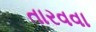
તારવવા